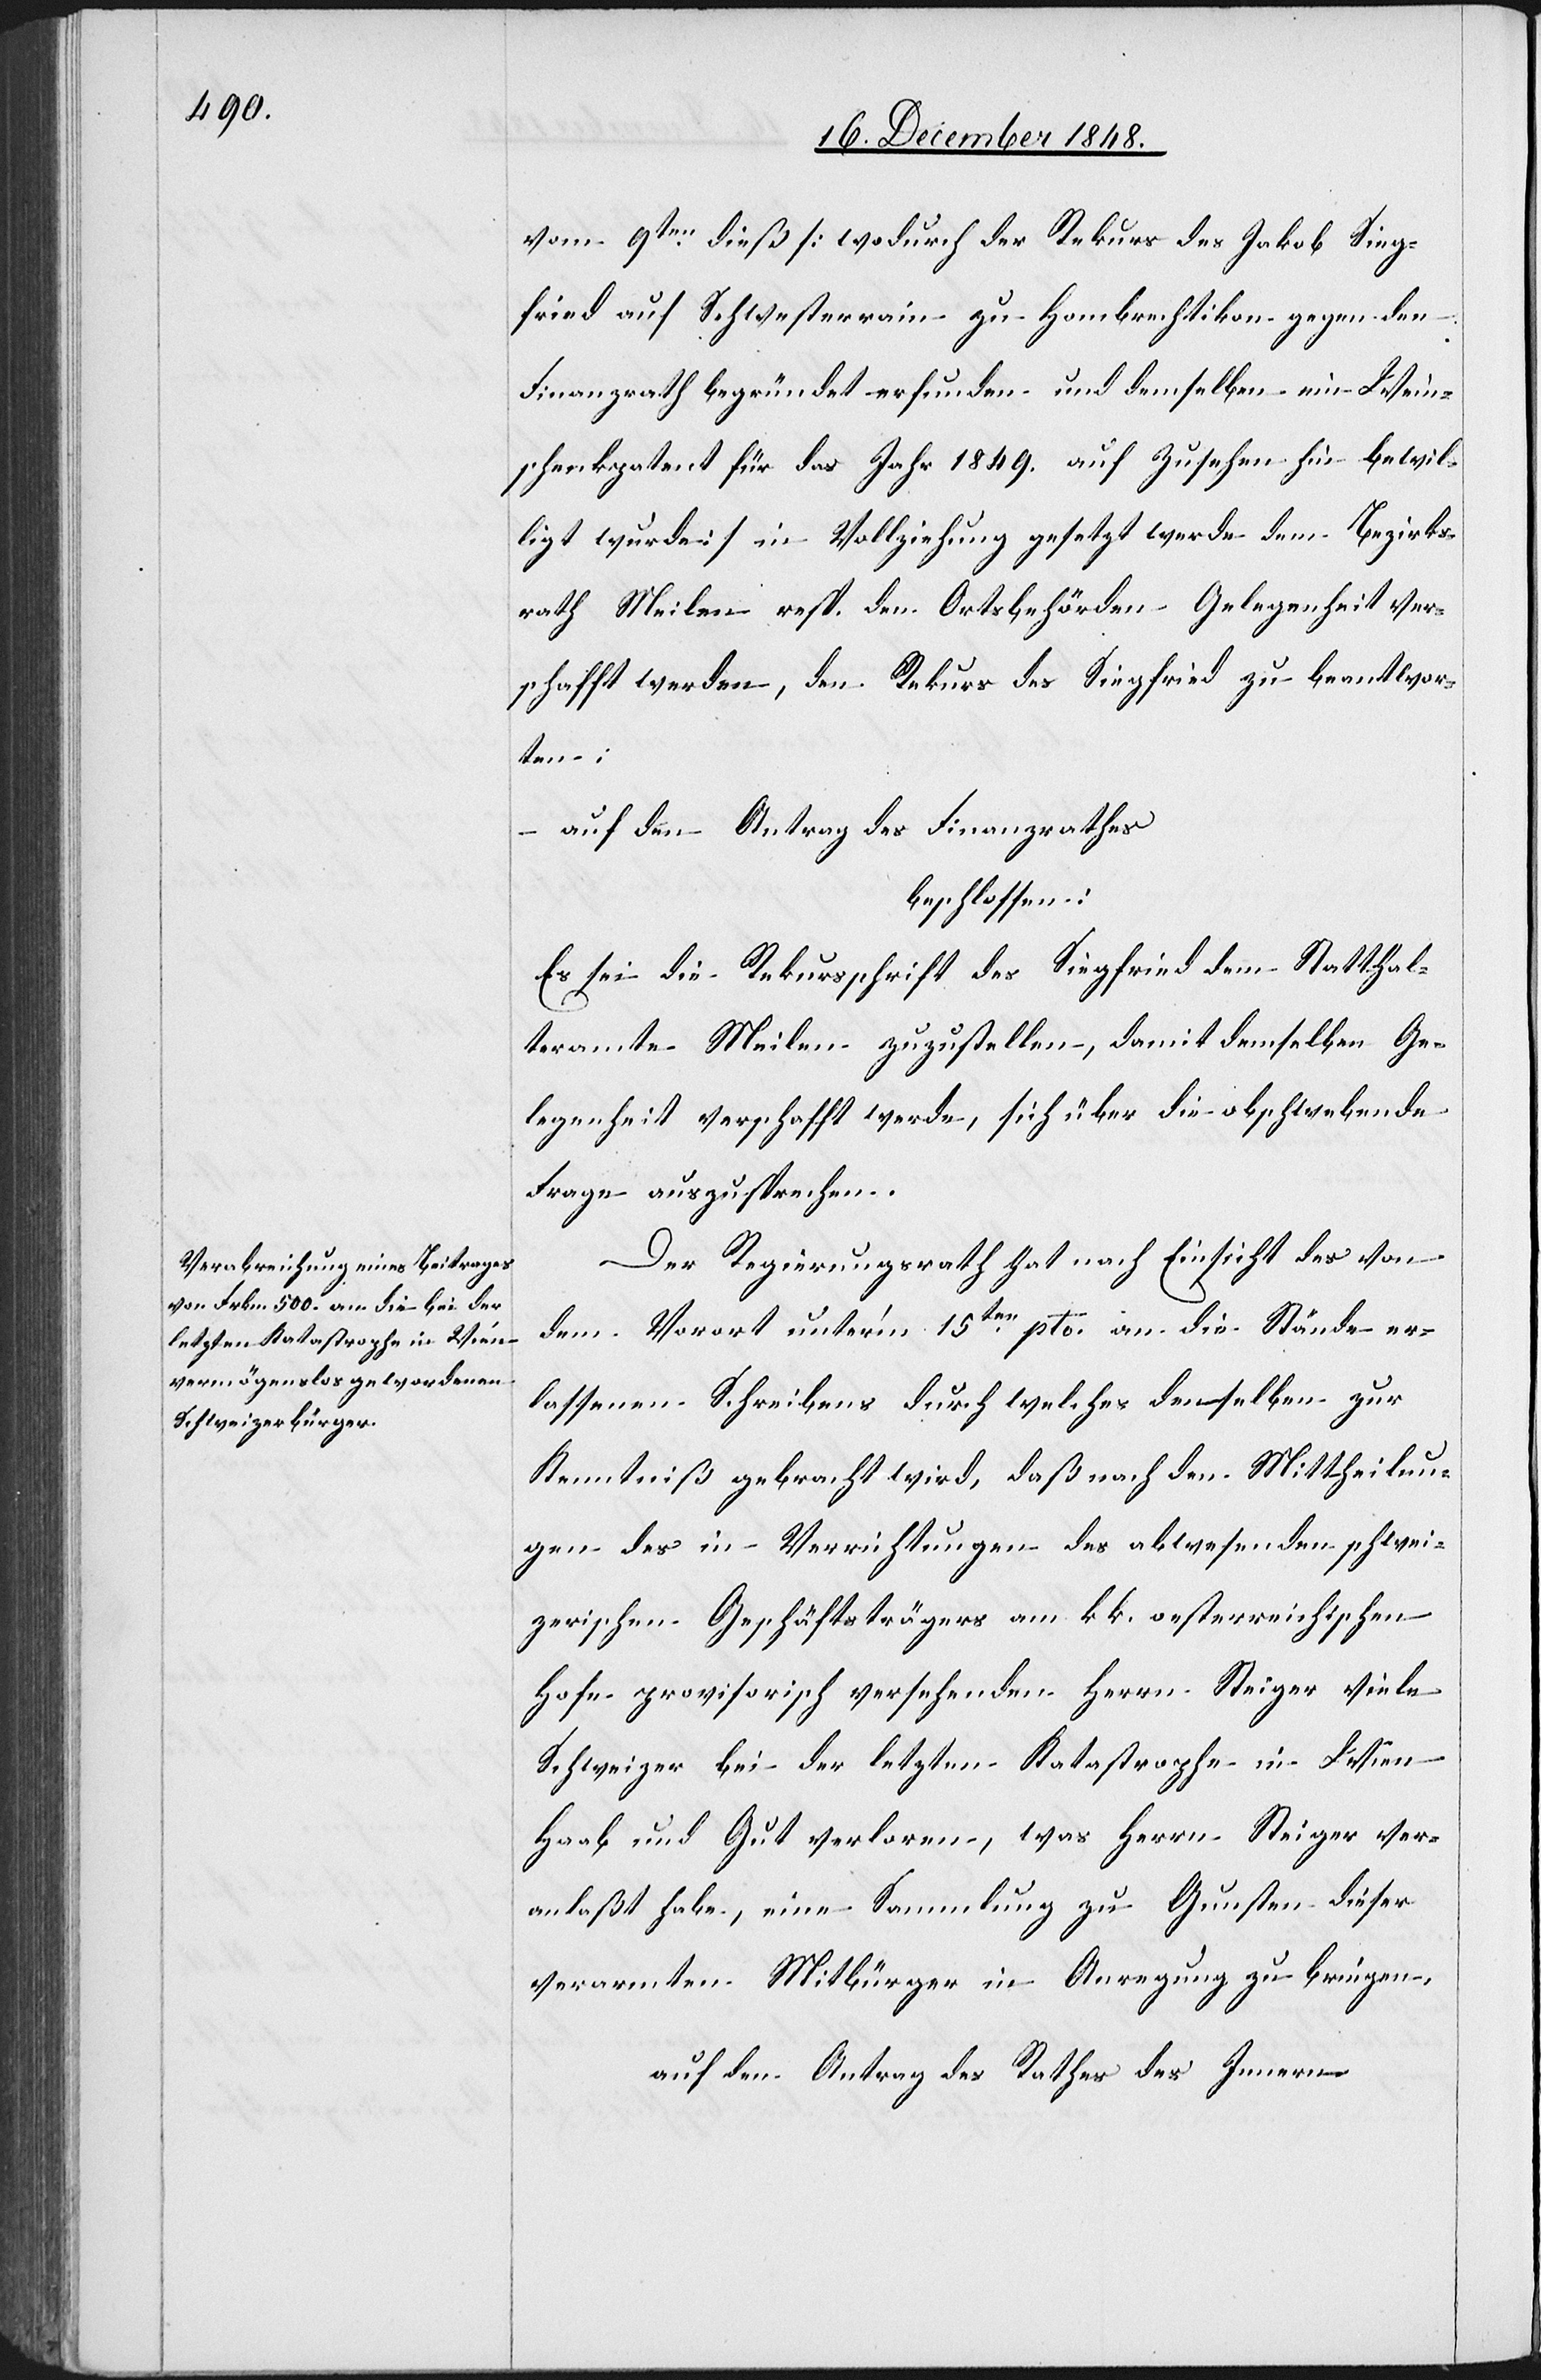
vom 9ten dieß [wodurch der Rekurs des Jakob Sieg¬
fried auf Schwesterrain zu Hombrechtikon gegen den
Finanzrath begründet erfunden und demselben ein Wein¬
schenkpatent für das Jahr 1849. auf Zusehen hin bewil¬
ligt wurde] in Vollziehung gesetzt werde dem Bezirks¬
rath Meilen resp. den Ortsbehörden Gelegenheit ver¬
schafft werden, den Rekurs des Siegfried zu beantwor¬
ten;
–
auf den Antrag des Finanzrathes
beschlossen.
Es sei die Rekursschrift des Siegfried dem Statthal¬
teramte Meilen zuzustellen, damit demselben Ge¬
legenheit verschafft werde, sich über die obschwebende
Frage auszusprechen.
Der Regierungsrath hat nach Einsicht des von
dem Vorort unter’m 15ten pto. an die Stände er¬
lassenen Schreibens durch welches denselben zur
Kenntniß gebracht wird, daß nach den Mittheilun¬
gen des in Verrichtungen des abwesenden schwei¬
zerischen Geschäftsträgers am k. k. oesterreichischen
Hofe provisorisch versehenden Herrn Steiger viele
Schweizer bei der letzten Katastrophe in Wien
Haab und Gut verloren, was Herrn Steiger ver¬
anlaßt habe, eine Sammlung zu Gunsten dieser
verarmten Mitbürger in Anregung zu bringen,
auf den Antrag des Rathes des Innern